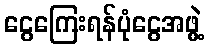
ငွေကြေးရန်ပုံငွေအဖွဲ့